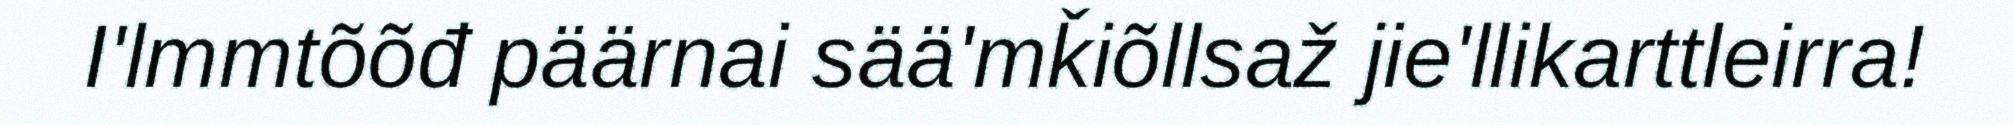
I'lmmtõõđ päärnai sää'mǩiõllsaž jie'llikarttleirra!